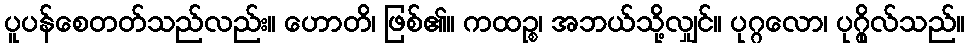
ပူပန်စေတတ်သည်လည်း။ ဟောတိ၊ ဖြစ်၏။ ကထဉ္စ၊ အဘယ်သို့လျှင်။ ပုဂ္ဂလော၊ ပုဂ္ဂိုလ်သည်။